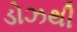
ડોઝથી